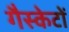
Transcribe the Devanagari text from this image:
गैस्केटों